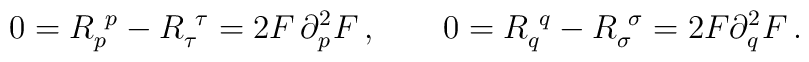
0= R_p^{\ p} - R_\tau^{\ \tau} = 2 F \, \partial_p^2 F \,,\qquad0= R_q^{\ q} - R_\sigma^{\ \sigma} = 2 F  \partial_q^2 F \,.